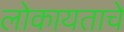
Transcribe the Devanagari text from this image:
लोकायताचे